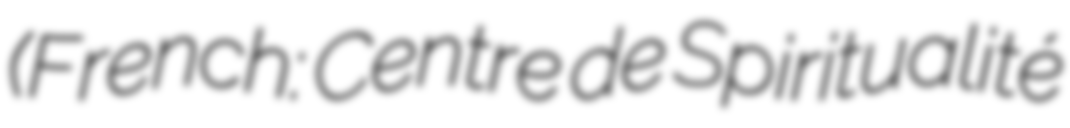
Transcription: (French: Centre de Spiritualité